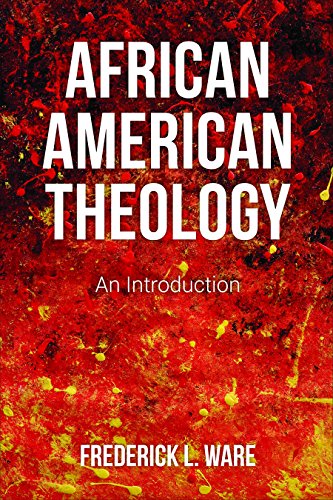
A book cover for African American Theology: An Introduction; Frederick L. Ware; Christian Books & Bibles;